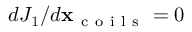
d J _ { 1 } / d \mathbf x _ { \mathrm { ~ c ~ o ~ i ~ l ~ s ~ } } = 0